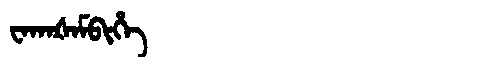
Manchu: ᠸᠠᡴᠠᡧᠠᠮᠪᡳᡥᡝ
Romanization: WAKAŠAMBIHE